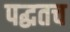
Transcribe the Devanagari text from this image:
पद्धतच